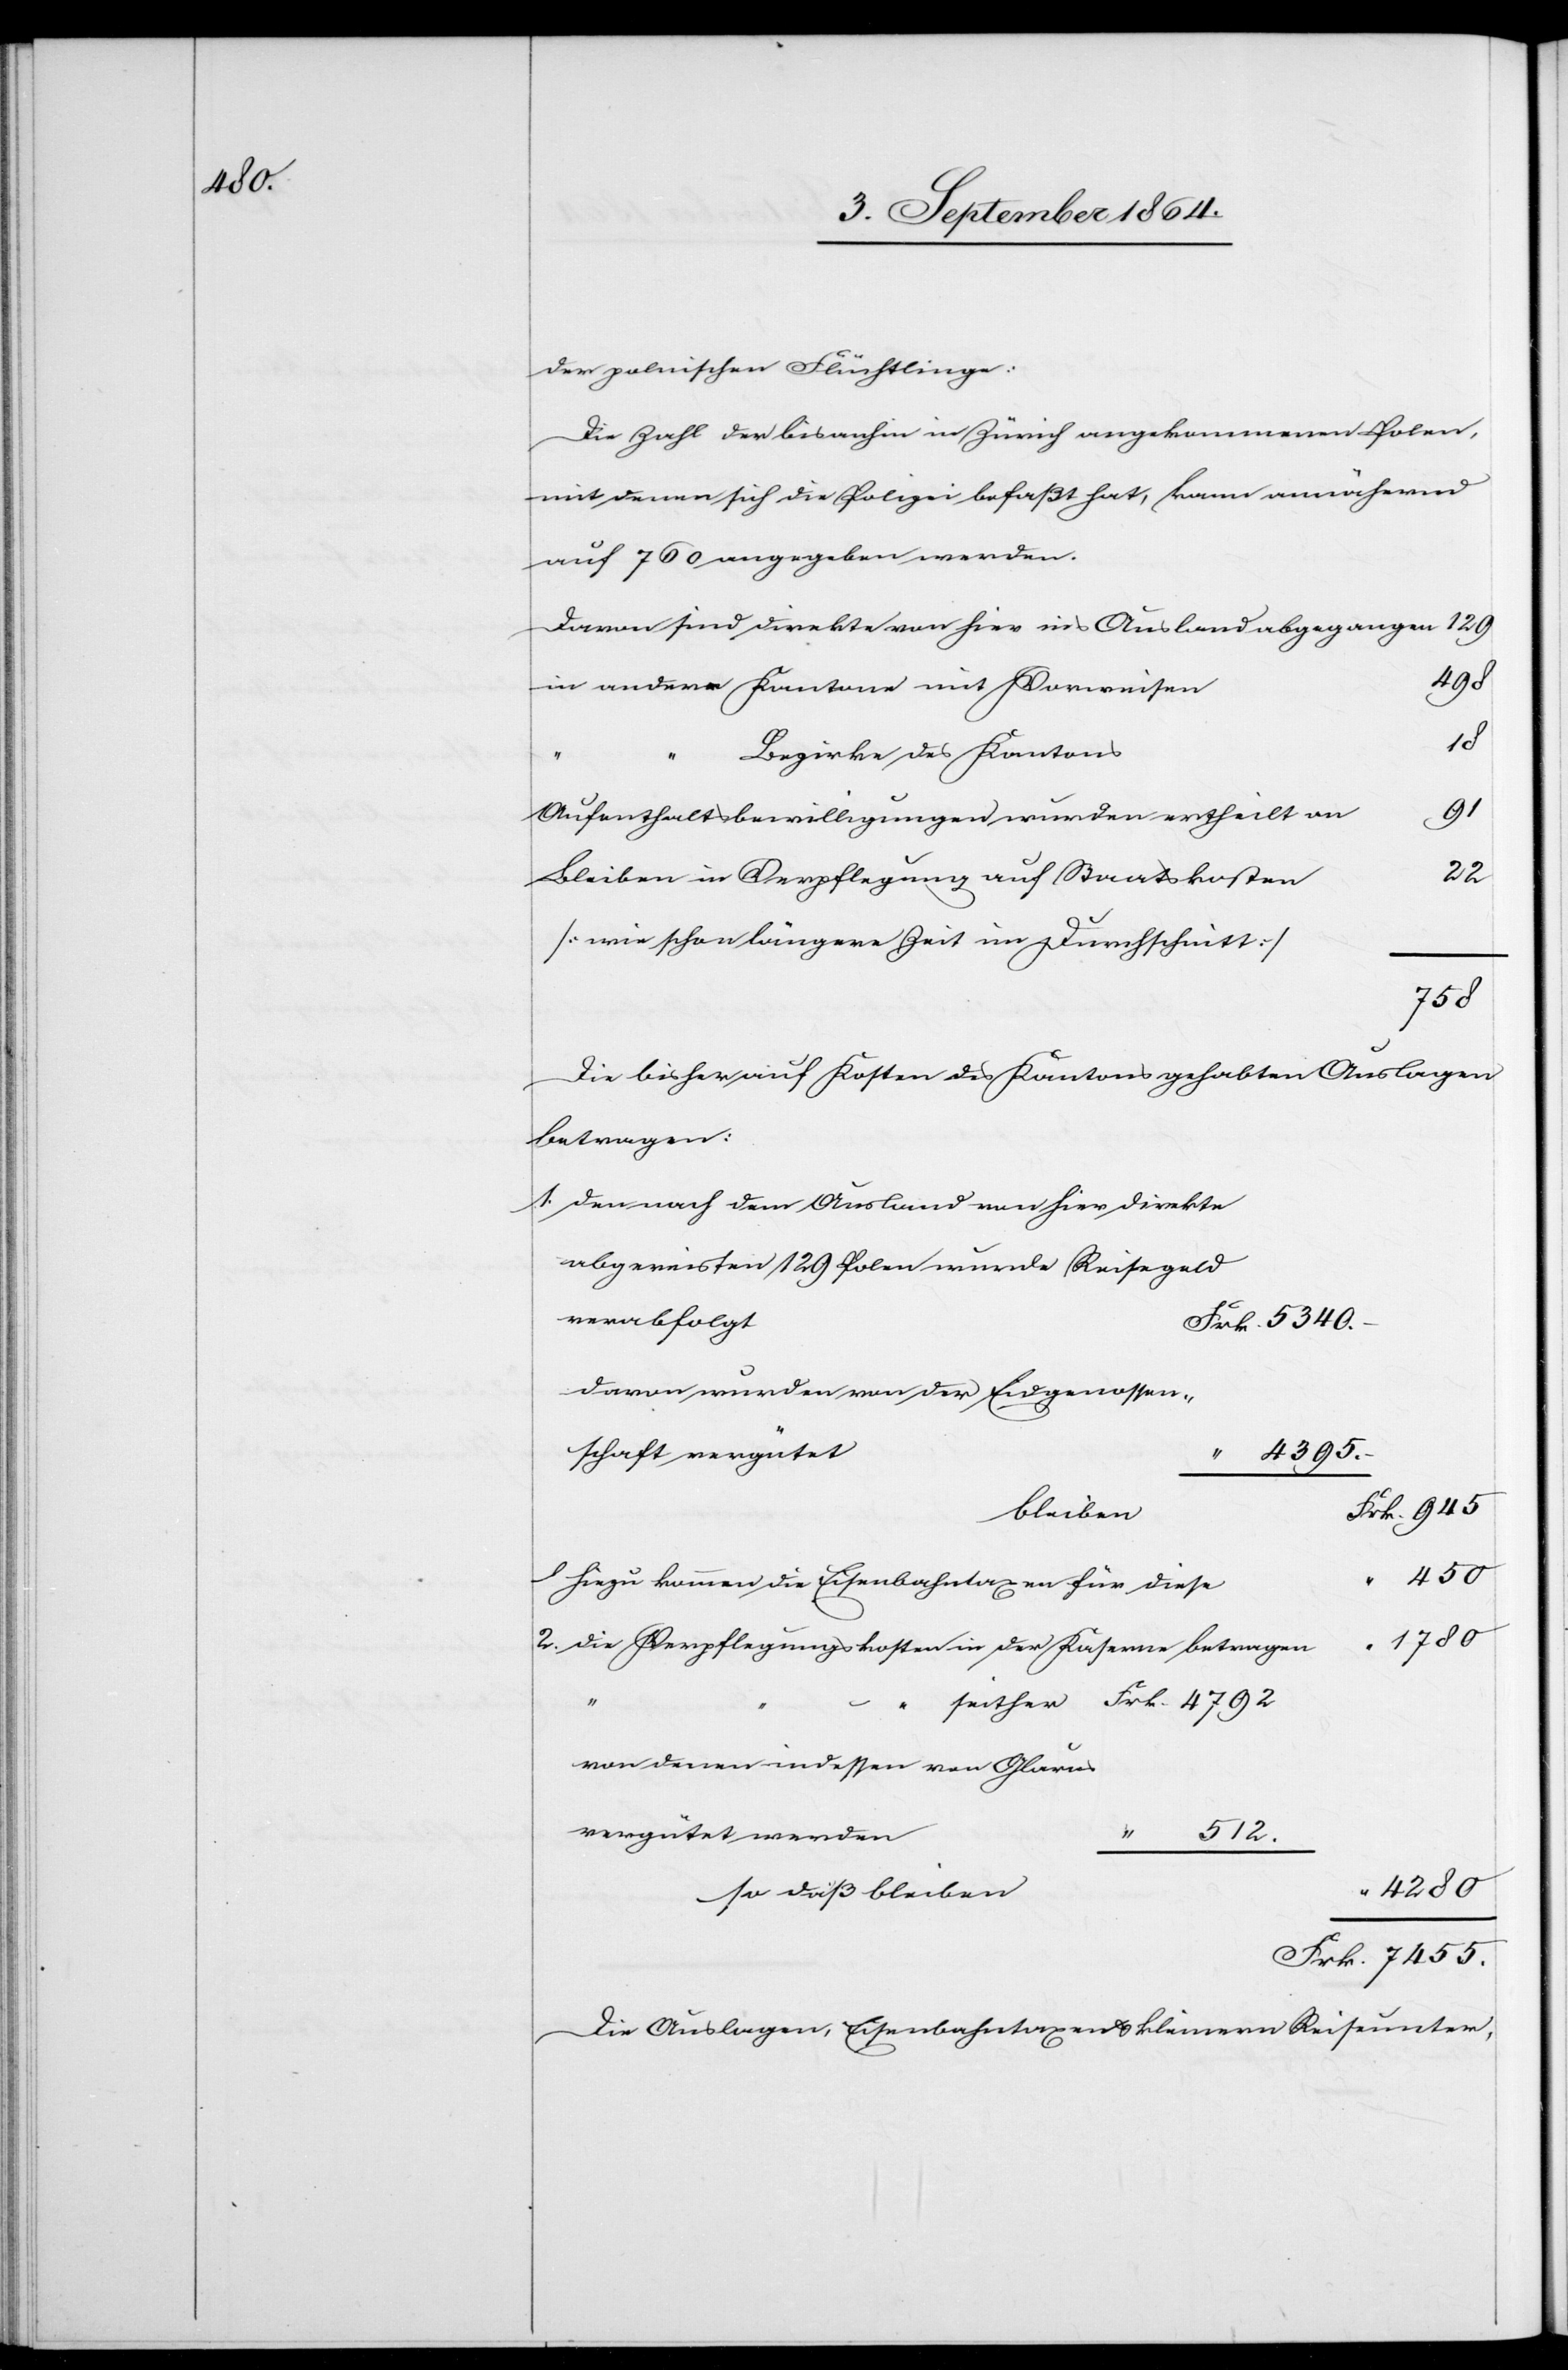
5340.

der polnischen Flüchtlinge:
Die Zahl der bisanhin in Zürich angekommenen Polen,
mit denen sich die Polizei befaßt hat, kann annähernd
auf 760 angegeben werden.
Davon sind direkte von hier ins Ausland abgegangen
4792
in andere Kantone mit Vorweisen
18
Bezirke des Kantons
91
Aufenthaltsbewilligungen wurden ertheilt an
22
Bleiben in Verpflegung auf Staatskosten
[wie schon längere Zeit im Durchschnitt]
7455.
Die bisher auf Kosten des Kantons gehabten Auslagen
betragen:
1. den nach dem Ausland von hier direkte
abgereisten 129 Polen wurde Reisegeld
verabfolgt
davon wurden von der Eigenossen¬
schaft vergütet
4395.
bleiben
450
hinzu kommen die Eisenbahntaxen für diese
1780
2. die Verpflegungskosten in der Kaserne betragen
von denen indessen von Glarus
vergütet werden
512.
4280
so daß bleiben
Die Auslagen, Eisenbahntaxen & kleinern Reiseunter-